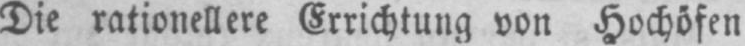
Die rationellere Errichtung von Hochöfen